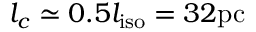
l _ { c } \simeq 0 . 5 l _ { \mathrm { i s o } } = 3 2 \mathrm { p c }